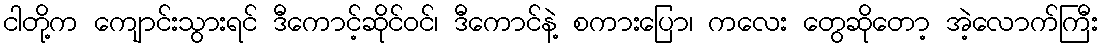
ငါတို့က ကျောင်းသွားရင် ဒီကောင့်ဆိုင်ဝင်၊ ဒီကောင်နဲ့ စကားပြော၊ ကလေး တွေဆိုတော့ အဲ့လောက်ကြီး